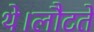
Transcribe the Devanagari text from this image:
थे।लौटते